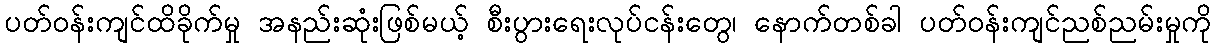
ပတ်ဝန်းကျင်ထိခိုက်မှု အနည်းဆုံးဖြစ်မယ့် စီးပွားရေးလုပ်ငန်းတွေ၊ နောက်တစ်ခါ ပတ်ဝန်းကျင်ညစ်ညမ်းမှုကို